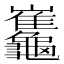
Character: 𪛂